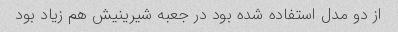
از دو مدل استفاده شده بود در جعبه شیرینیش هم زیاد بود